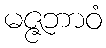
မဇ္ဇဘာဝံ